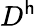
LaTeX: D^{\mathsf{h}}